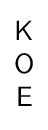
{\begin{matrix}{\mathsf {K}}\\{\mathsf {O}}\\{\mathsf {E}}\end{matrix}}